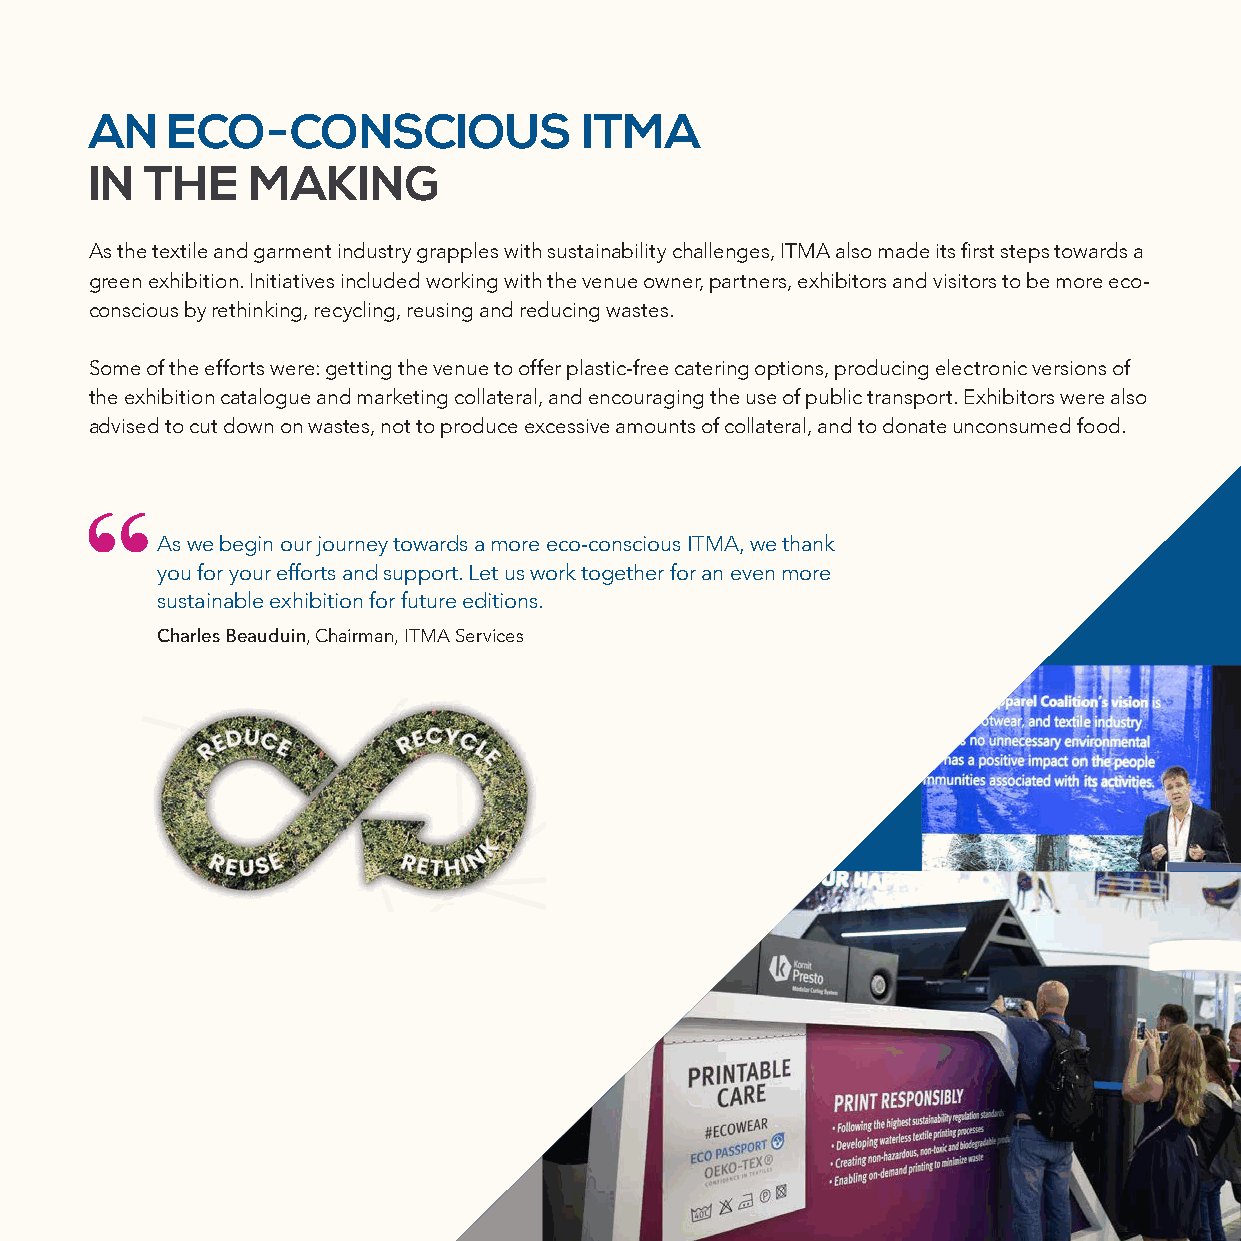
AN   ECO-CONSCIOUS               ITMA
 IN  THE   MAKING
 As the textile and garment industry grapples with sustainability challenges, ITMA also made its first steps towards a
 green exhibition. Initiatives included working with the venue owner, partners, exhibitors and visitors to be more eco-
 conscious by rethinking, recycling, reusing and reducing wastes.
 Some of the efforts were: getting the venue to offer plastic-free catering options, producing electronic versions of
 the exhibition catalogue and marketing collateral, and encouraging the use of public transport. Exhibitors were also
 advised to cut down on wastes, not to produce excessive amounts of collateral, and to donate unconsumed food.
 As we begin our journey towards a more eco-conscious ITMA, we thank
 you for your efforts and support. Let us work together for an even more
 sustainable exhibition for future editions.
 Charles Beauduin, Chairman, ITMA Services
 15